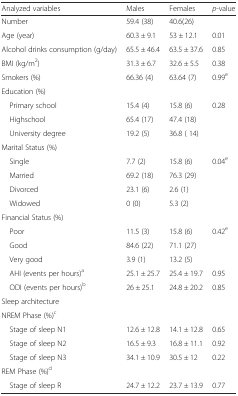
| Analyzed variables | Males | Females | p-value |
 | --- | --- | --- | --- |
 | Number | 59.4 (38) | 40.6(26) |  |
 | Age (year) | 60.3 ± 9.1 | 53 ± 12.1 | 0.01 |
 | Alcohol drinks consumption (g/day) | 65.5 ± 46.4 | 63.5 ± 37.6 | 0.85 |
 | BMI (kg/m2) | 31.3 ± 6.7 | 32.6 ± 5.5 | 0.38 |
 | Smokers (%) | 66.36 (4) | 63.64 (7) | 0.99e |
 | Education (%) |  |  |  |
 | Primary school | 15.4 (4) | 15.8 (6) | <ROWSPAN=3> 0.28 |
 | Highschool | 65.4 (17) | 47.4 (18) |
 | University degree | 19.2 (5) | 36.8 ( 14) |
 | Marital Status (%) |  |  |  |
 | Single | 7.7 (2) | 15.8 (6) | <ROWSPAN=4> 0.04e |
 | Married | 69.2 (18) | 76.3 (29) |
 | Divorced | 23.1 (6) | 2.6 (1) |
 | Widowed | 0 (0) | 5.3 (2) |
 | Financial Status (%) |  |  |  |
 | Poor | 11.5 (3) | 15.8 (6) | <ROWSPAN=3> 0.42e |
 | Good | 84.6 (22) | 71.1 (27) |
 | Very good | 3.9 (1) | 13.2 (5) |
 | AHI (events per hours)a | 25.1 ± 25.7 | 25.4 ± 19.7 | 0.95 |
 | ODI (events per hours)b | 26 ± 25.1 | 24.8 ± 20.2 | 0.85 |
 | <COLSPAN=4> Sleep architecture |
 | <COLSPAN=4> NREM Phase (%)c |
 | Stage of sleep N1 | 12.6 ± 12.8 | 14.1 ± 12.8 | 0.65 |
 | Stage of sleep N2 | 16.5 ± 9.3 | 16.8 ± 11.1 | 0.92 |
 | Stage of sleep N3 | 34.1 ± 10.9 | 30.5 ± 12 | 0.22 |
 | <COLSPAN=4> REM Phase (%)d |
 | Stage of sleep R | 24.7 ± 12.2 | 23.7 ± 13.9 | 0.77 |